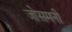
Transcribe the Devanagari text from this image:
जोसमनी